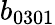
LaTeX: b_{0301}